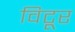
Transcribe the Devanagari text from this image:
विटूर